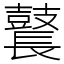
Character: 鼚